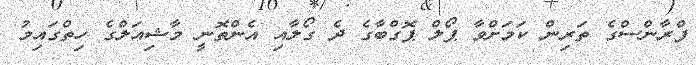
ފްރާންސްގެ ތަރިން ކަމަށްވާ ޕޯލް ޕޮގްބާގެ ދެ ގޯލާއި އެންތޮނީ މާޝިއަލްގެ ހިތްގައިމު